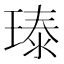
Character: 𪼃